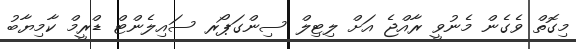
މިގޮތް ވެގެން މެނުވީ ރާއްޖެ އަށް ލިޓިލް ސިންގަޕޯރ ސައިލެންޓް ޑްރީމް ކާމިޔާބު